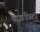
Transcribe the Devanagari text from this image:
थाइरिस्टर